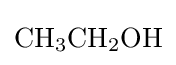
{\mathrm {CH} {\vphantom {A}}_{\smash[{t}]{3}}\mathrm {CH} {\vphantom {A}}_{\smash[{t}]{2}}\mathrm {OH} }